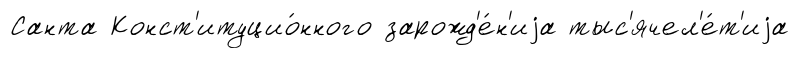
Санта Конст'итуцио́нного зарожд'е́н'иjа тыс'ячел'е́т'иjа